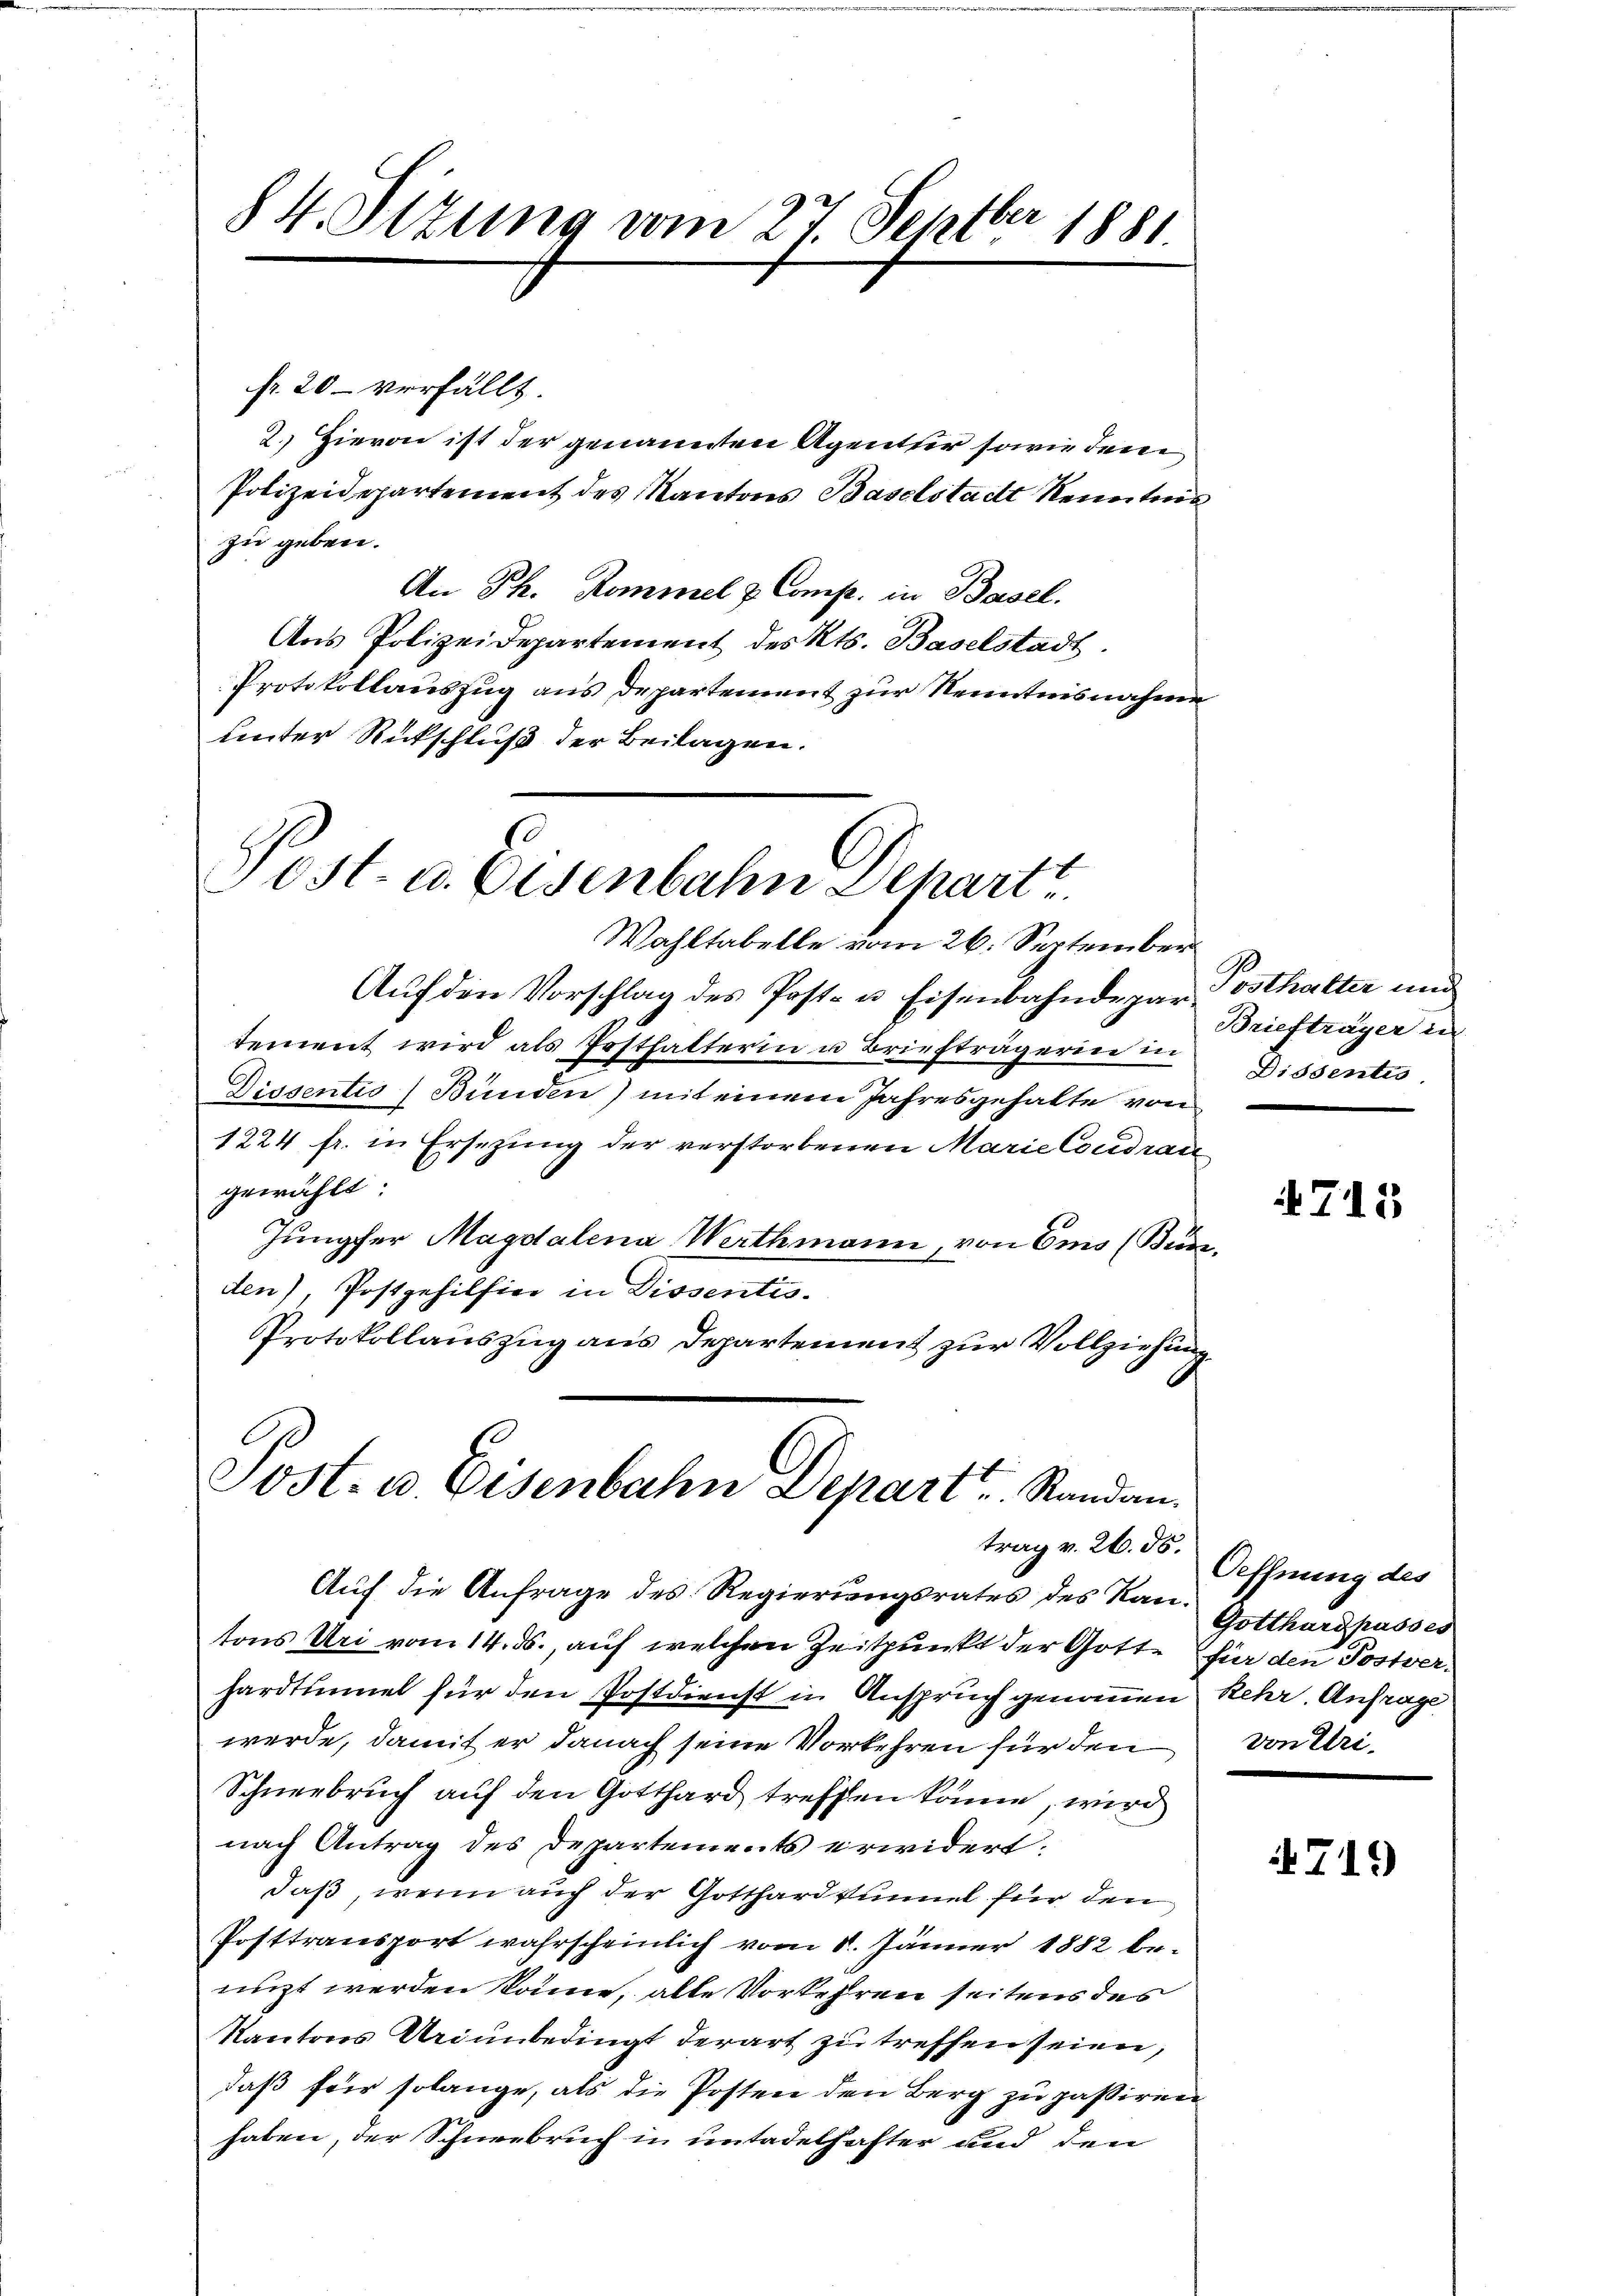
fr. 20 - verfällt.
2. Hievon ist der genannten Agenter sowie den
Polizeidepartement des Kantons Baselstadt Kenntnis
zu geben.
An Ph. Kommel u. Comp. in Basel.
Ans Polizeidepartement des Kts. Baselstadt.
Protokollauszug aus departement zur Kenntnisnahme
unter Rückschluß der Beilagen.

84. Sitzung vom 27. Septber 1881

2
Post- u. Eisenbahn Schart
Wahltabelle vom 26. September

Auf den Vorschlag des Post- u. Eisenbahndepartement wird als Posthalterin u Briefträgerin in
Dissentio) Bunden) mit einem Jahresgehalte von
1224 fr. in Ersezung der verstorbenen Marie Coudran
gewählt:
Jungfer Magdalena Werthmann, von Emo (Bunden), Postgehilfier in Dissentio-
Protokollauszug aus Departement zur Vollziehung

Post- u. Eisenbahn Depart Randan
trag v. 26. ds.

Auf die Anfrage des Regierungsrates des Kantons Uri vom 14. ds., auf welchen Zeitpunkt der Gotte für den Postverhardtimmel für den Postdienst in Anspruch genommen kehr. Anfrage
werde, damit er danach seine Vorkehren für den
Schneebruch auf den Gotthard treffen könne, wird
nach Antrag des Departements erwidert.
daß, wenn auch der Gotthardtunnel für den
Posttransport wahrscheinlich vom 8. Jänner 1882 beuzt werden könne, alle Vorkehren seitens des
Kantons Ariunbedingt derart zu treffen seien,
daß für solange, als die Posten den Berg zu passiren
haben, der Schneebruch in untadelhafter und den

B
Sosthalter und
Briefträger in
Dissentis

715

Oeffnung des
Gotthard passés
von Uri.

719